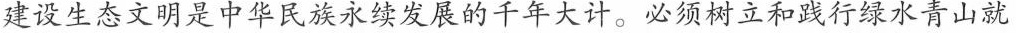
建设生态文明是中华民族永续发展的千年大计。必须树立和践行绿水青山就